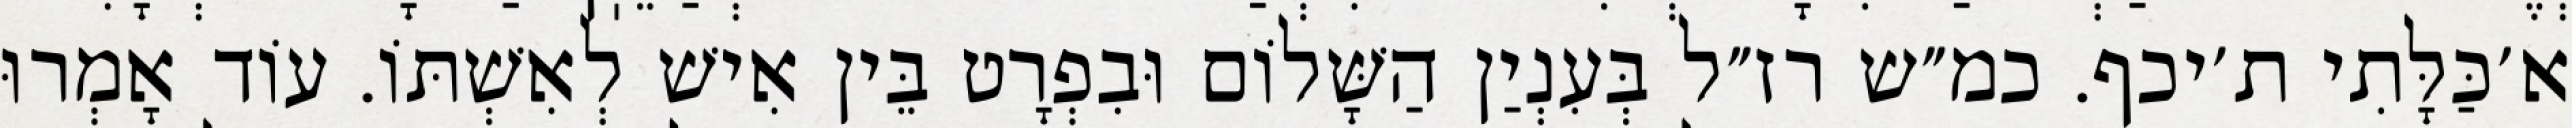
א׳כַּלָּתִי ת׳יכף. כמ״ש רז״ל בְּעִנְיַן הַשָּׁלוֹם וּבִפְרָט בֵּין אִישׁ לְאִשְׁתּוֹ. עוֹד אָמְרוּ